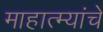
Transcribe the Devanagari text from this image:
माहात्म्यांचे